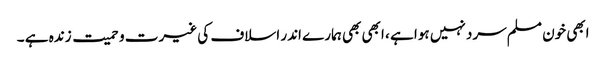
ابھی خون مسلم سرد نہیں ہوا ہے ، ابھی بھی ہمارے اندر اسلاف کی غیرت و حمیت زندہ ہے ۔